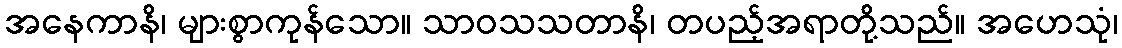
အနေကာနိ၊ များစွာကုန်သော။ သာဝသသတာနိ၊ တပည့်အရာတို့သည်။ အဟေသုံ၊